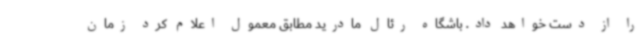
را از دست خواهد داد. باشگاه رئال مادرید مطابق معمول اعلام کرد زمان